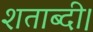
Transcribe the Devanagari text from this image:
शताब्दी।